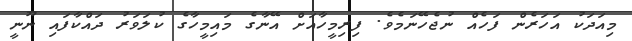
މިއަދަކު އަހަރެން ފަހެއް ނުޖެހޭނަމެވެ. ފިރިމީހާއަށް އޭނާގެ މައިމީހާގެ ކުލަވަރު ދައްކާފައި ނޫނީ